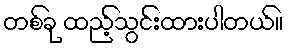
တစ်ခု ထည့်သွင်းထားပါတယ်။